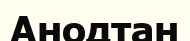
Анодтан